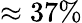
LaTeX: \approx 37\%